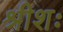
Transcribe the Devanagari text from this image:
श्रीशः